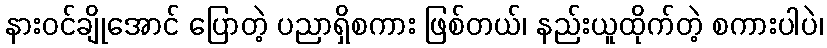
နားဝင်ချိုအောင် ပြောတဲ့ ပညာရှိစကား ဖြစ်တယ်၊ နည်းယူထိုက်တဲ့ စကားပါပဲ၊